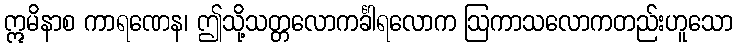
ဣမိနာစ ကာရဏေန၊ ဤသို့သတ္တလောကင်္ခါရလောက ဩကာသလောကတည်းဟူသော